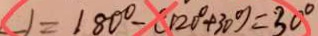
1 = 1 8 0 ^ { \circ } - ( 1 2 0 ^ { \circ } + 3 0 ^ { \circ } ) = 3 0 ^ { \circ }